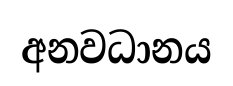
අනවධානය